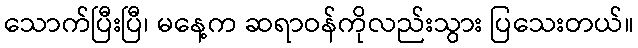
သောက်ပြီးပြီ၊ မနေ့က ဆရာဝန်ကိုလည်းသွား ပြသေးတယ်။